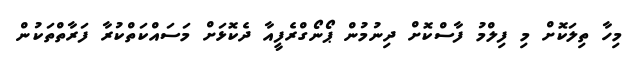
މިހާ ތިލަކޮށް މި ފިލްމު ފާސްކޮށް ދިނުމުން ޕޯނޯގްރެފީއާ ދެކޮޅަށް މަސައްކަތްކުރާ ފަރާތްތަކުން